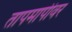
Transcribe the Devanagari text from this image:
तापमापीवर